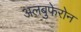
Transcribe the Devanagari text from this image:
अलबुफेरोन